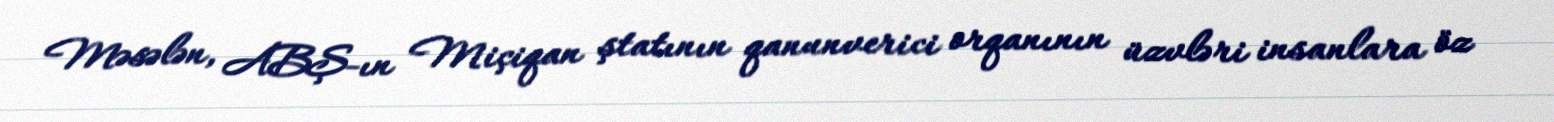
Məsələn, ABŞ-ın Miçiqan ştatının qanunverici orqanının üzvləri insanlara öz